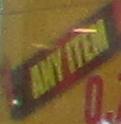
any